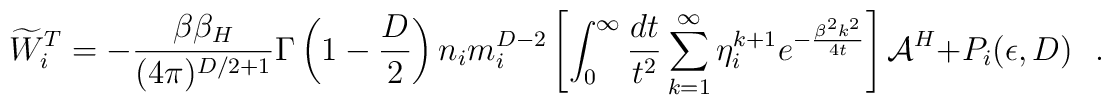
\widetilde{W}_i^T=-{\beta\beta_H \over (4\pi)^{D/2+1}}\Gamma\left(1-\frac D2\right)n_im_i^{D-2}\left[\int_{0}^{\infty}{dt \over t^2}\sum_{k=1}^{\infty}\eta_i^{k+1}e^{-{\beta^2 k^2 \over 4t}}\right]{\cal A}^H+P_i(\epsilon,D)~~~.